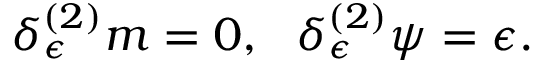
\delta _ { \epsilon } ^ { ( 2 ) } m = 0 , \ \ \delta _ { \epsilon } ^ { ( 2 ) } \psi = \epsilon .